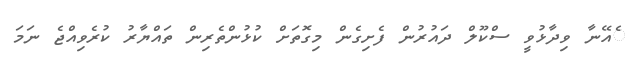
ެއޭނާ ވިދާޅުވީ ސްކޫލް ދައުރުން ފެށިގެން މިގޮތަށް ކުޅުންތެރިން ތައްޔާރު ކުރެވިއްޖެ ނަމަ